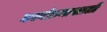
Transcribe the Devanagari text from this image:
कार्यक्रमाखाली